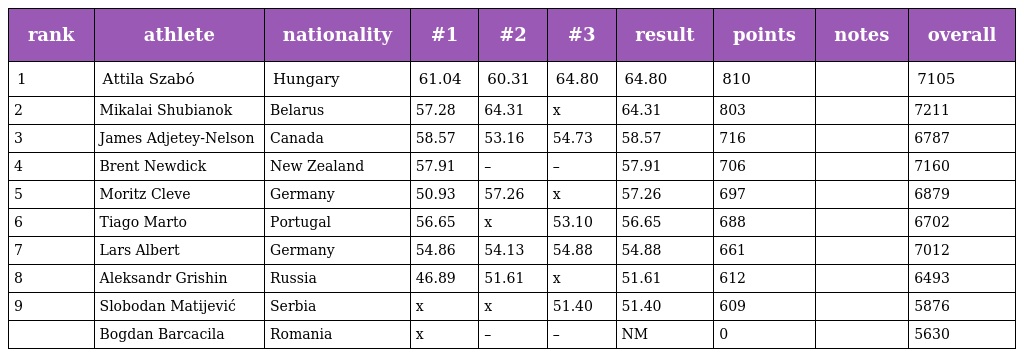
| rank | athlete | nationality | #1 | #2 | #3 | result | points | notes | overall |
 | --- | --- | --- | --- | --- | --- | --- | --- | --- | --- |
 | 1 | Attila Szabó | Hungary | 61.04 | 60.31 | 64.80 | 64.80 | 810 |  | 7105 |
 | 2 | Mikalai Shubianok | Belarus | 57.28 | 64.31 | x | 64.31 | 803 |  | 7211 |
 | 3 | James Adjetey-Nelson | Canada | 58.57 | 53.16 | 54.73 | 58.57 | 716 |  | 6787 |
 | 4 | Brent Newdick | New Zealand | 57.91 | – | – | 57.91 | 706 |  | 7160 |
 | 5 | Moritz Cleve | Germany | 50.93 | 57.26 | x | 57.26 | 697 |  | 6879 |
 | 6 | Tiago Marto | Portugal | 56.65 | x | 53.10 | 56.65 | 688 |  | 6702 |
 | 7 | Lars Albert | Germany | 54.86 | 54.13 | 54.88 | 54.88 | 661 |  | 7012 |
 | 8 | Aleksandr Grishin | Russia | 46.89 | 51.61 | x | 51.61 | 612 |  | 6493 |
 | 9 | Slobodan Matijević | Serbia | x | x | 51.40 | 51.40 | 609 |  | 5876 |
 |  | Bogdan Barcacila | Romania | x | – | – | NM | 0 |  | 5630 |